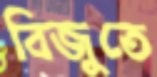
বিজুতে